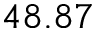
4 8 . 8 7